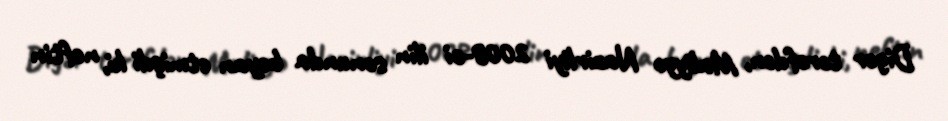
Digər tərəfdən, Maliyyə Nazirliyi 2008-ci ilin sonunda bəyan etmişdi ki, neftin